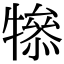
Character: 𤛤